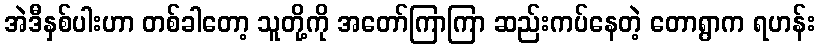
အဲဒီနှစ်ပါးဟာ တစ်ခါတော့ သူတို့ကို အတော်ကြာကြာ ဆည်းကပ်နေတဲ့ တောရွာက ရဟန်း